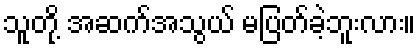
သူတို့ အဆက်အသွယ် မပြတ်ခဲ့ဘူးလား။